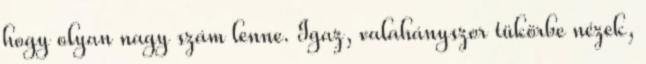
hogy olyan nagy szám lenne. Igaz, valahányszor tükörbe nézek,